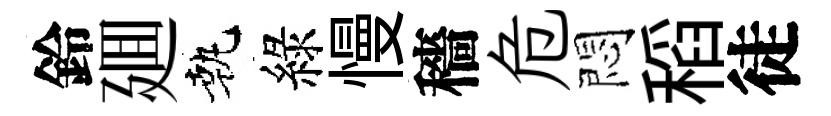
鈴廽執綠慢穡危悶稻徒